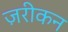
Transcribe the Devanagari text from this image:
ज़रीकन